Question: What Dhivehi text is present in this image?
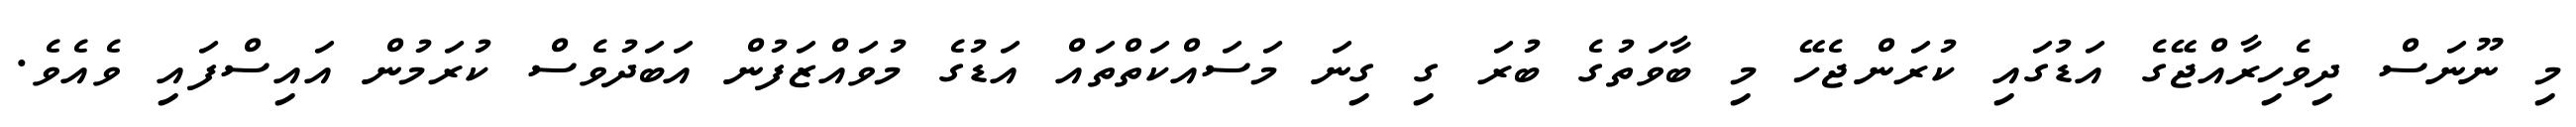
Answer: މި ނޫނަސް ދިވެހިރާއްޖޭގެ އަޑުގައި ކުރަންޖެހޭ މި ބާވަތުގެ ބުރަ ގި ގިނަ މަސައްކަތްތައް އަޑުގެ މުވައްޒަފުން އަބަދުވެސް ކުރަމުން އައިސްފައި ވެއެވެ.